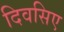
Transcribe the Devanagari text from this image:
दिवसिए